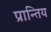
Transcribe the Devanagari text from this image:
प्रान्तिय